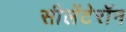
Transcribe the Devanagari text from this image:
सीलेंटेरॉन